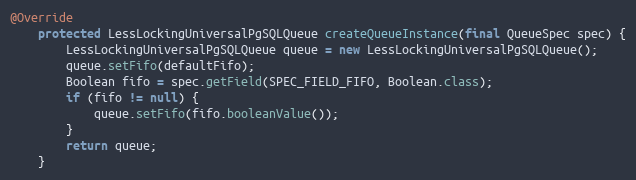
Language: Java
@Override
    protected LessLockingUniversalPgSQLQueue createQueueInstance(final QueueSpec spec) {
        LessLockingUniversalPgSQLQueue queue = new LessLockingUniversalPgSQLQueue();
        queue.setFifo(defaultFifo);
        Boolean fifo = spec.getField(SPEC_FIELD_FIFO, Boolean.class);
        if (fifo != null) {
            queue.setFifo(fifo.booleanValue());
        }
        return queue;
    }